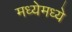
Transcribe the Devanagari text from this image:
मध्येमध्ये